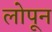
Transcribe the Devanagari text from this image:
लोपून